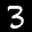
Label: 3